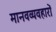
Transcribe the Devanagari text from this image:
मानवव्यवहारों